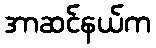
အာဆင်နယ်က